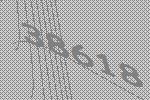
38618